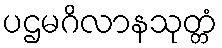
ပဌမဂိလာနသုတ္တံ